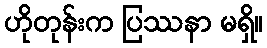
ဟိုတုန်းက ပြဿနာ မရှိ။